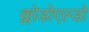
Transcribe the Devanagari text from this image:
क्लोडोएल्डो